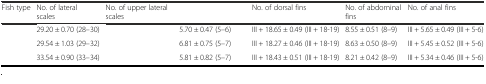
<table><thead><tr><td><b>Fish type</b></td><td><b>No. of lateral scales</b></td><td><b>No. of upper lateral scales</b></td><td>[EMPTY_CELL]</td><td><b>No. of dorsal fins</b></td><td><b>No. of abdominal fins</b></td><td><b>No. of anal fins</b></td></tr></thead><tbody><tr><td>[EMPTY_CELL]</td><td>29.20 ± 0.70 (28–30)</td><td>[EMPTY_CELL]</td><td>5.70 ± 0.47 (5–6)</td><td>III + 18.65 ± 0.49 (III + 18-19)</td><td>8.55 ± 0.51 (8–9)</td><td>III + 5.65 ± 0.49 (III + 5-6)</td></tr><tr><td>[EMPTY_CELL]</td><td>29.54 ± 1.03 (29–32)</td><td>[EMPTY_CELL]</td><td>6.81 ± 0.75 (5–7)</td><td>III + 18.27 ± 0.46 (III + 18-19)</td><td>8.63 ± 0.50 (8–9)</td><td>III + 5.45 ± 0.52 (III + 5-6)</td></tr><tr><td>[EMPTY_CELL]</td><td>33.54 ± 0.90 (33–34)</td><td>[EMPTY_CELL]</td><td>5.81 ± 0.82 (5–7)</td><td>III + 18.43 ± 0.51 (III + 18-19)</td><td>8.21 ± 0.42 (8–9)</td><td>III + 5.34 ± 0.46 (III + 5-6)</td></tr></tbody></table>